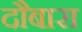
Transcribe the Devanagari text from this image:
दौबारा